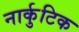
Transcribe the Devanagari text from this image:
नार्कुटिक